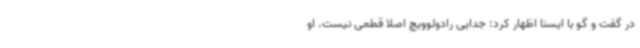
در گفت و گو با ایسنا اظهار کرد: جدایی رادولوویچ اصلا قطعی نیست. او